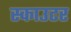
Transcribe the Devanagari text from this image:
स्काउटर